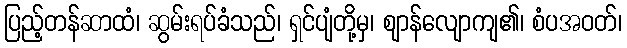
ပြည့်တန်ဆာထံ၊ ဆွမ်းရပ်ခံသည်၊ ရှင်ပျံတို့မှ၊ ဈာန်လျောကျ၏၊ စံပအဝတ်၊